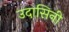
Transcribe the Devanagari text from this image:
उदासिनी